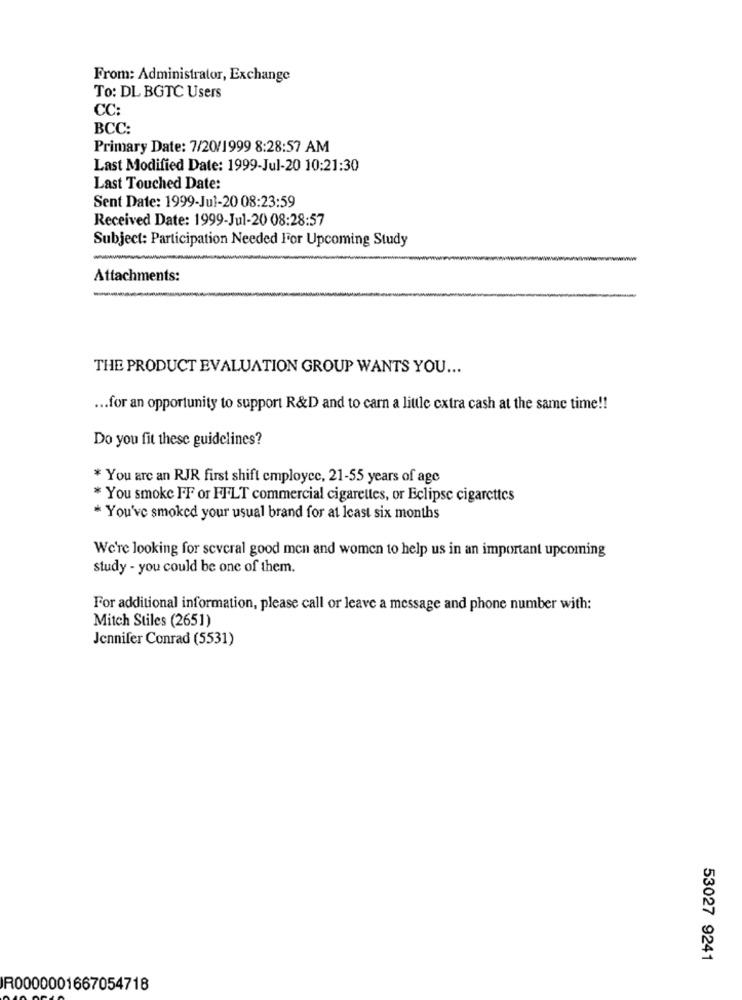
From: Administrator, Exchange
To: DL BGTC Users
CC:
BCC:
Primary Date: 7/20/1999 8:28:57 AM
Last Modified Date: 1999-Jul-20 10:21:30
Last Touched Date:
Sent Date: 1999-Jul-20 08:23:59
Received Date: 1999-Jul-20 08:28:57
Subject: Participation Needed For Upcoming Study
Attachments:
THE PRODUCT EVALUATION GROUP WANTS YOU ...
... for an opportunity to support R&D and to carn a little extra cash at the same time !!
Do you fit these guidelines?
* You are an RJR first shift employee, 21-55 years of age
* You smoke FF or FFLT commercial cigarettes, or Eclipse cigarettes
* You've smoked your usual brand for at least six months
We're looking for several good men and women to help us in an important upcoming
study - you could be one of them.
For additional information, please call or leave a message and phone number with:
Mitch Stiles (2651)
Jennifer Conrad (5531)
53027 9241
R0000001667054718